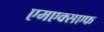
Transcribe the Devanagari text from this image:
एमएक्सएफ